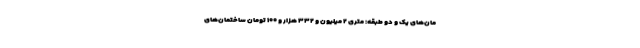
مان‌های یک و دو طبقه: متری ۲ میلیون و ۳۳۲ هزار و ۱۰۰ تومان ساختمان‌های